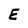
Character: E